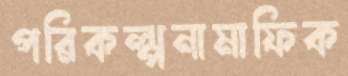
পরিকল্পনামাফিক